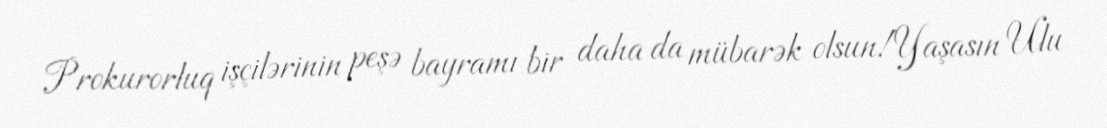
Prokurorluq işçilərinin peşə bayramı bir daha da mübarək olsun!Yaşasın Ulu